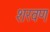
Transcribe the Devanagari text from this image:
शरवण